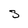
Character: s